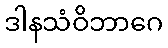
ဒါနသံဝိဘာဂေ